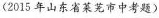
(2015年山东省莱芜市中考题)